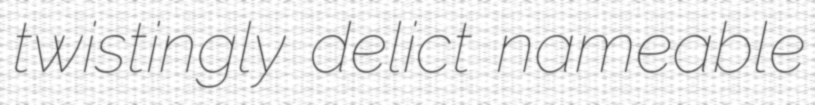
twistingly delict nameable